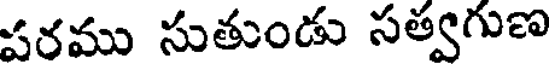
పరము సుతుండు సత్వగుణ